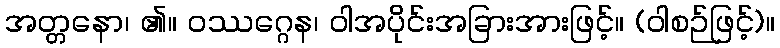
အတ္တနော၊ ၏။ ဝဿဂ္ဂေန၊ ဝါအပိုင်းအခြားအားဖြင့်။ (ဝါစဉ်ဖြင့်)။